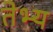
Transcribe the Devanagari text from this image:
तेभ्य